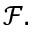
{ \mathcal F } .